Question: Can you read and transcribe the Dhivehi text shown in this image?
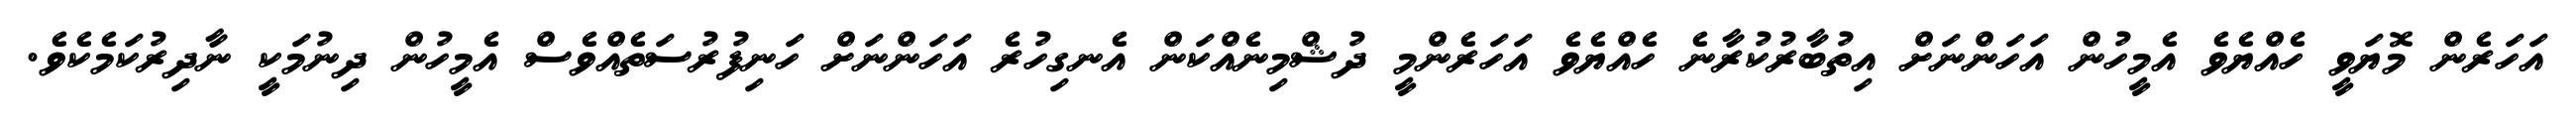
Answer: އަހަރެން މޮޔަވީ ހެއްޔެވެ އެމީހުން އަހަންނަށް އިތުބާރުކުރާނެ ހެއްޔެވެ އަހަރެންމީ ދުޝްމިނެއްކަން އެނގިހުރެ އަހަންނަށް ހަނިފުރުސަތެއްވެސް އެމީހުން ދިނުމަކީ ނާދިރުކަމެކެވެ.